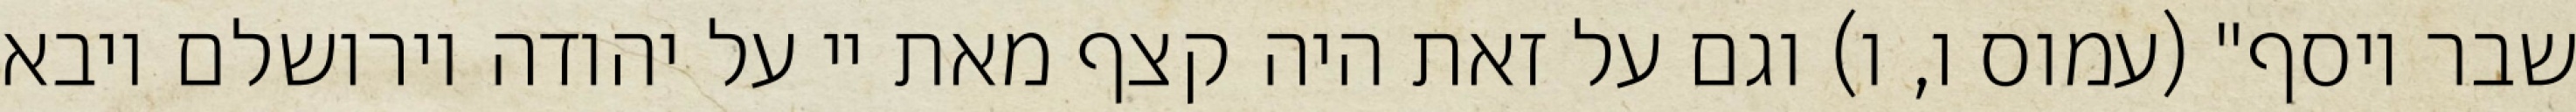
שבר יוסף" (עמוס ו, ו) וגם על זאת היה קצף מאת יי על יהודה וירושלם ויבא